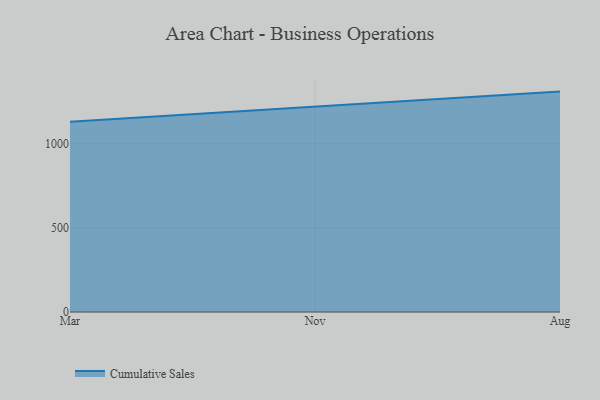
{"axis": {"x": "Month", "y": "Headcount"}, "legend": ["Cumulative Sales"], "data": [{"x": "Mar", "y": 1130.0, "type": "Cumulative Sales"}, {"x": "Nov", "y": 1219.6, "type": "Cumulative Sales"}, {"x": "Aug", "y": 1309.9, "type": "Cumulative Sales"}]}